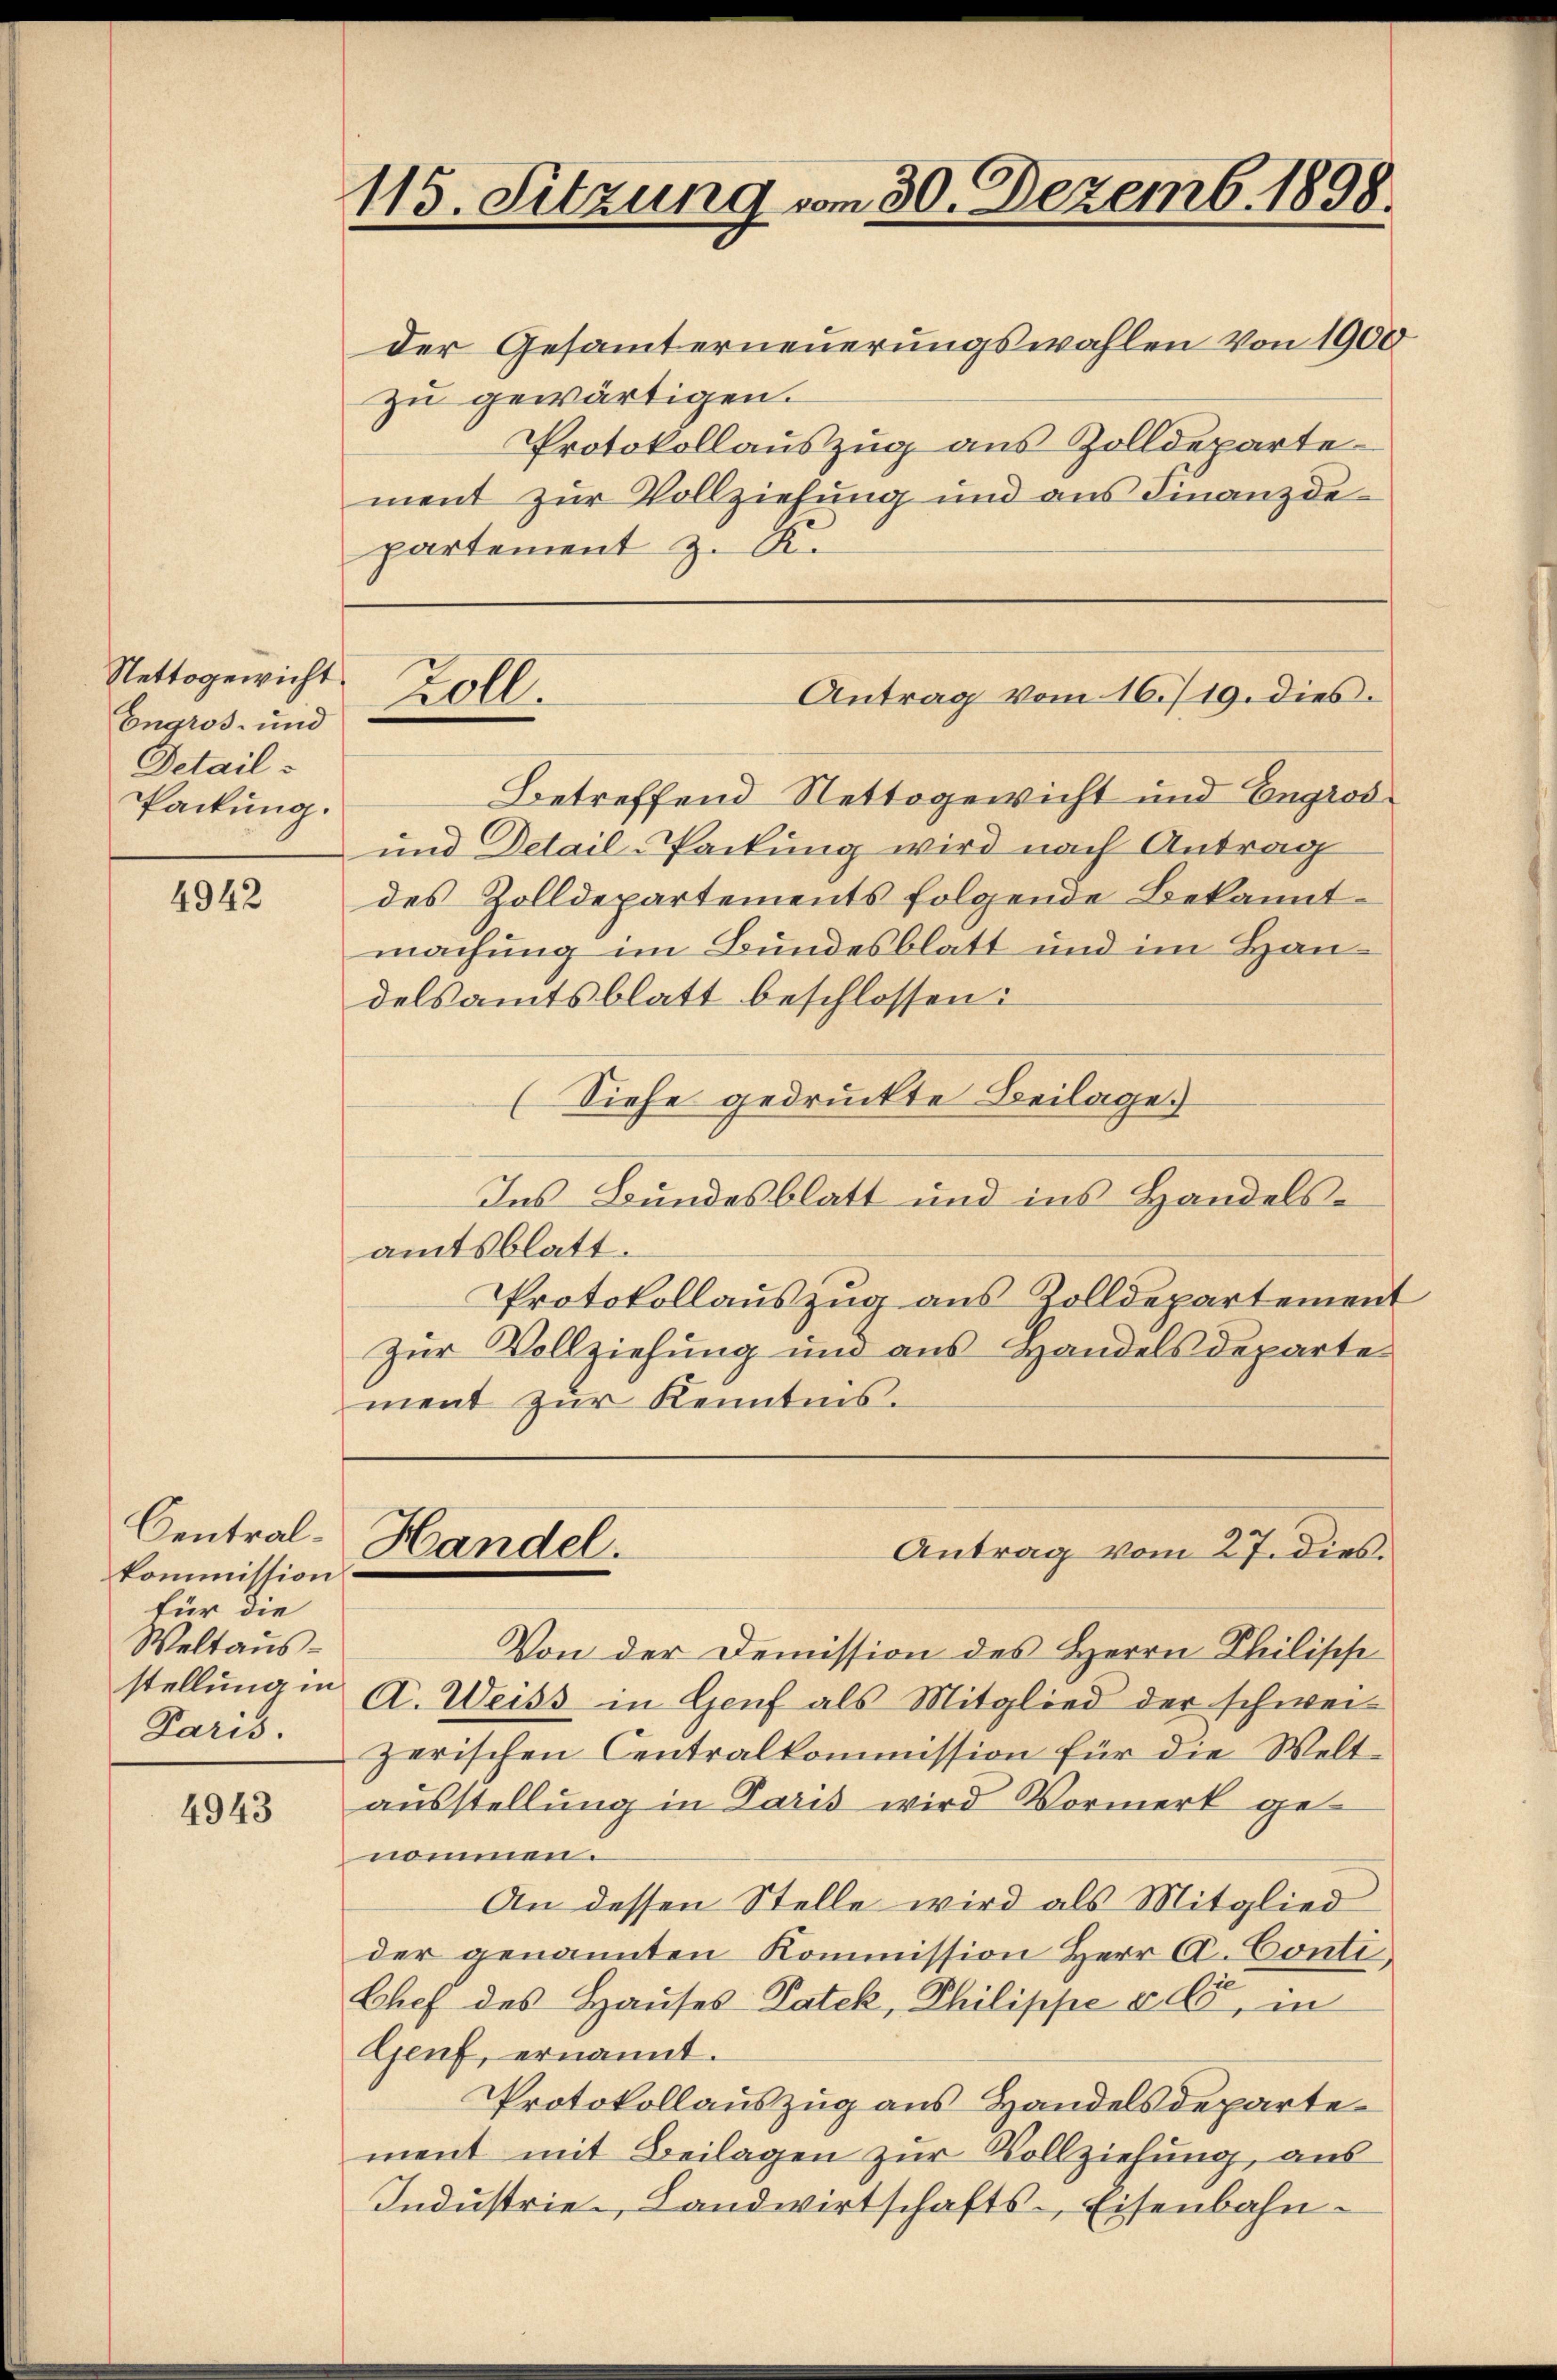
Nettogewicht
Engros- und
Details
Packung.

4942

Centralkommission
für die
Weltaus-
Paris.

4943

115. Sitzung vom 30. Dezemb. 1898.

der Gesamterneuerungswahlen von 1900
zu gewärtigen.
Protokollauszug aus Zolldeparte
ment zur Vollziehung und ans Finanzde-
partement z. K.

Zoll.

Handel.

Betreffend Nettogewicht und Engros¬
und Detail-Packung wird nach Antrag
des Zolldepartements folgende Bekanntmachung im Bundesblatt und im Handelsamtsblatt beschlossen:
(Siehe gedruckte Beilage
Ins Bundesblatt und ins Handelsamtsblatt.
Protokollauszug aus Zolldepartement
zur Vollziehung und aus Handelsdeparte
ment zur Kenntnis.

Antrag vom 16. 719. dies

Antrag vom 27. dies.

Von der Demission des Herrn Philisch
stellung in A. Weiss in Genf als Mitglied der schwei-
zerischen Centralkommission für die Welt-
ausstellung in Paris wird Vormerk genommen.
An dessen Stelle wird als Mitglied
der genannten Kommission Herr C. Conti.
Chef des Hauses Patek, Philippe § 6, in
Genf, ernannt.
Protokollauszug aus Handelsdepartement mit Beilagen zur Vollziehung, aus
Industrie Landwirtschafts-Eisenbahn¬